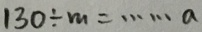
1 3 0 \div m = \cdots a